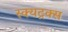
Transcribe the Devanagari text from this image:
स्क्यट्रक्स